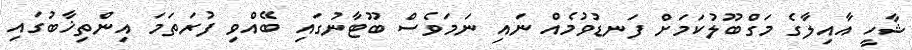
ޝާހީ އާއިލާގެ މަގްބޫލުކަމަށް ފަނޑުވުމެއް ނައި ނަމަވެސް ބޫޓާނުގައި ބޭއްވި ފުރަތަމަ އިންތިޚާބުގައި